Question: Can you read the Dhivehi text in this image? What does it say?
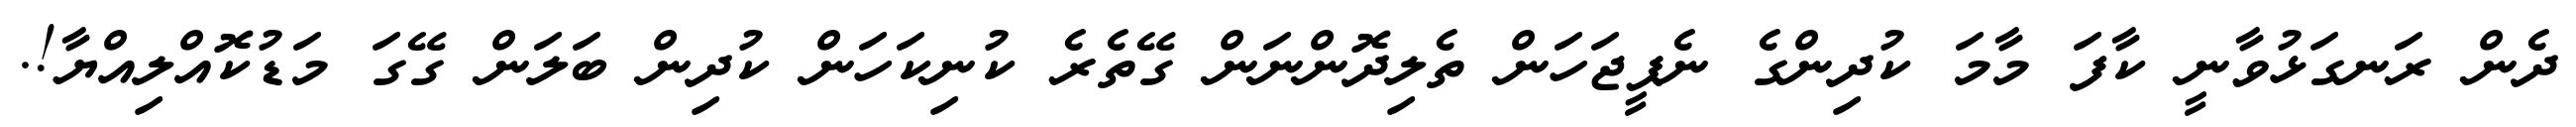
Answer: ދެން ރަނގަޅުވާނީ ކާފަ މާމަ ކުދިންގެ ނެޕީޖަހަން ތެލިދޮންނަން ގޭތެރެ ކުނިކަހަން ކުދިން ބަލަން ގޭގަ މަޑުކޮއްލިއްޔާ!.